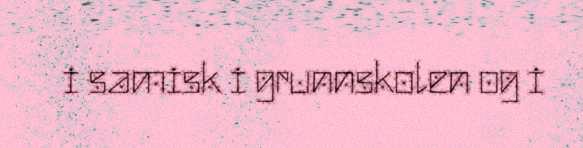
i samisk i grunnskolen og i